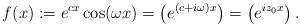
LaTeX: \begin{align*} f(x):=e^{cx}\cos(\omega x)=\left(e^{(c+i \omega)x}\right)=\left(e^{iz_0x}\right). \end{align*}